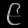
Digit: ၉